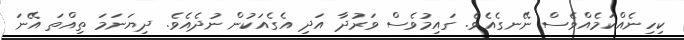
ކިހިނެއްކަމެއްވެސް ނޭނގެއެވެ. ގައިމުވެސް ވަރުދާ އަދި އެގެއަކުން ނުދެއެވެ. ދިޔަނަމަ ތިއްތަ އޭނަ